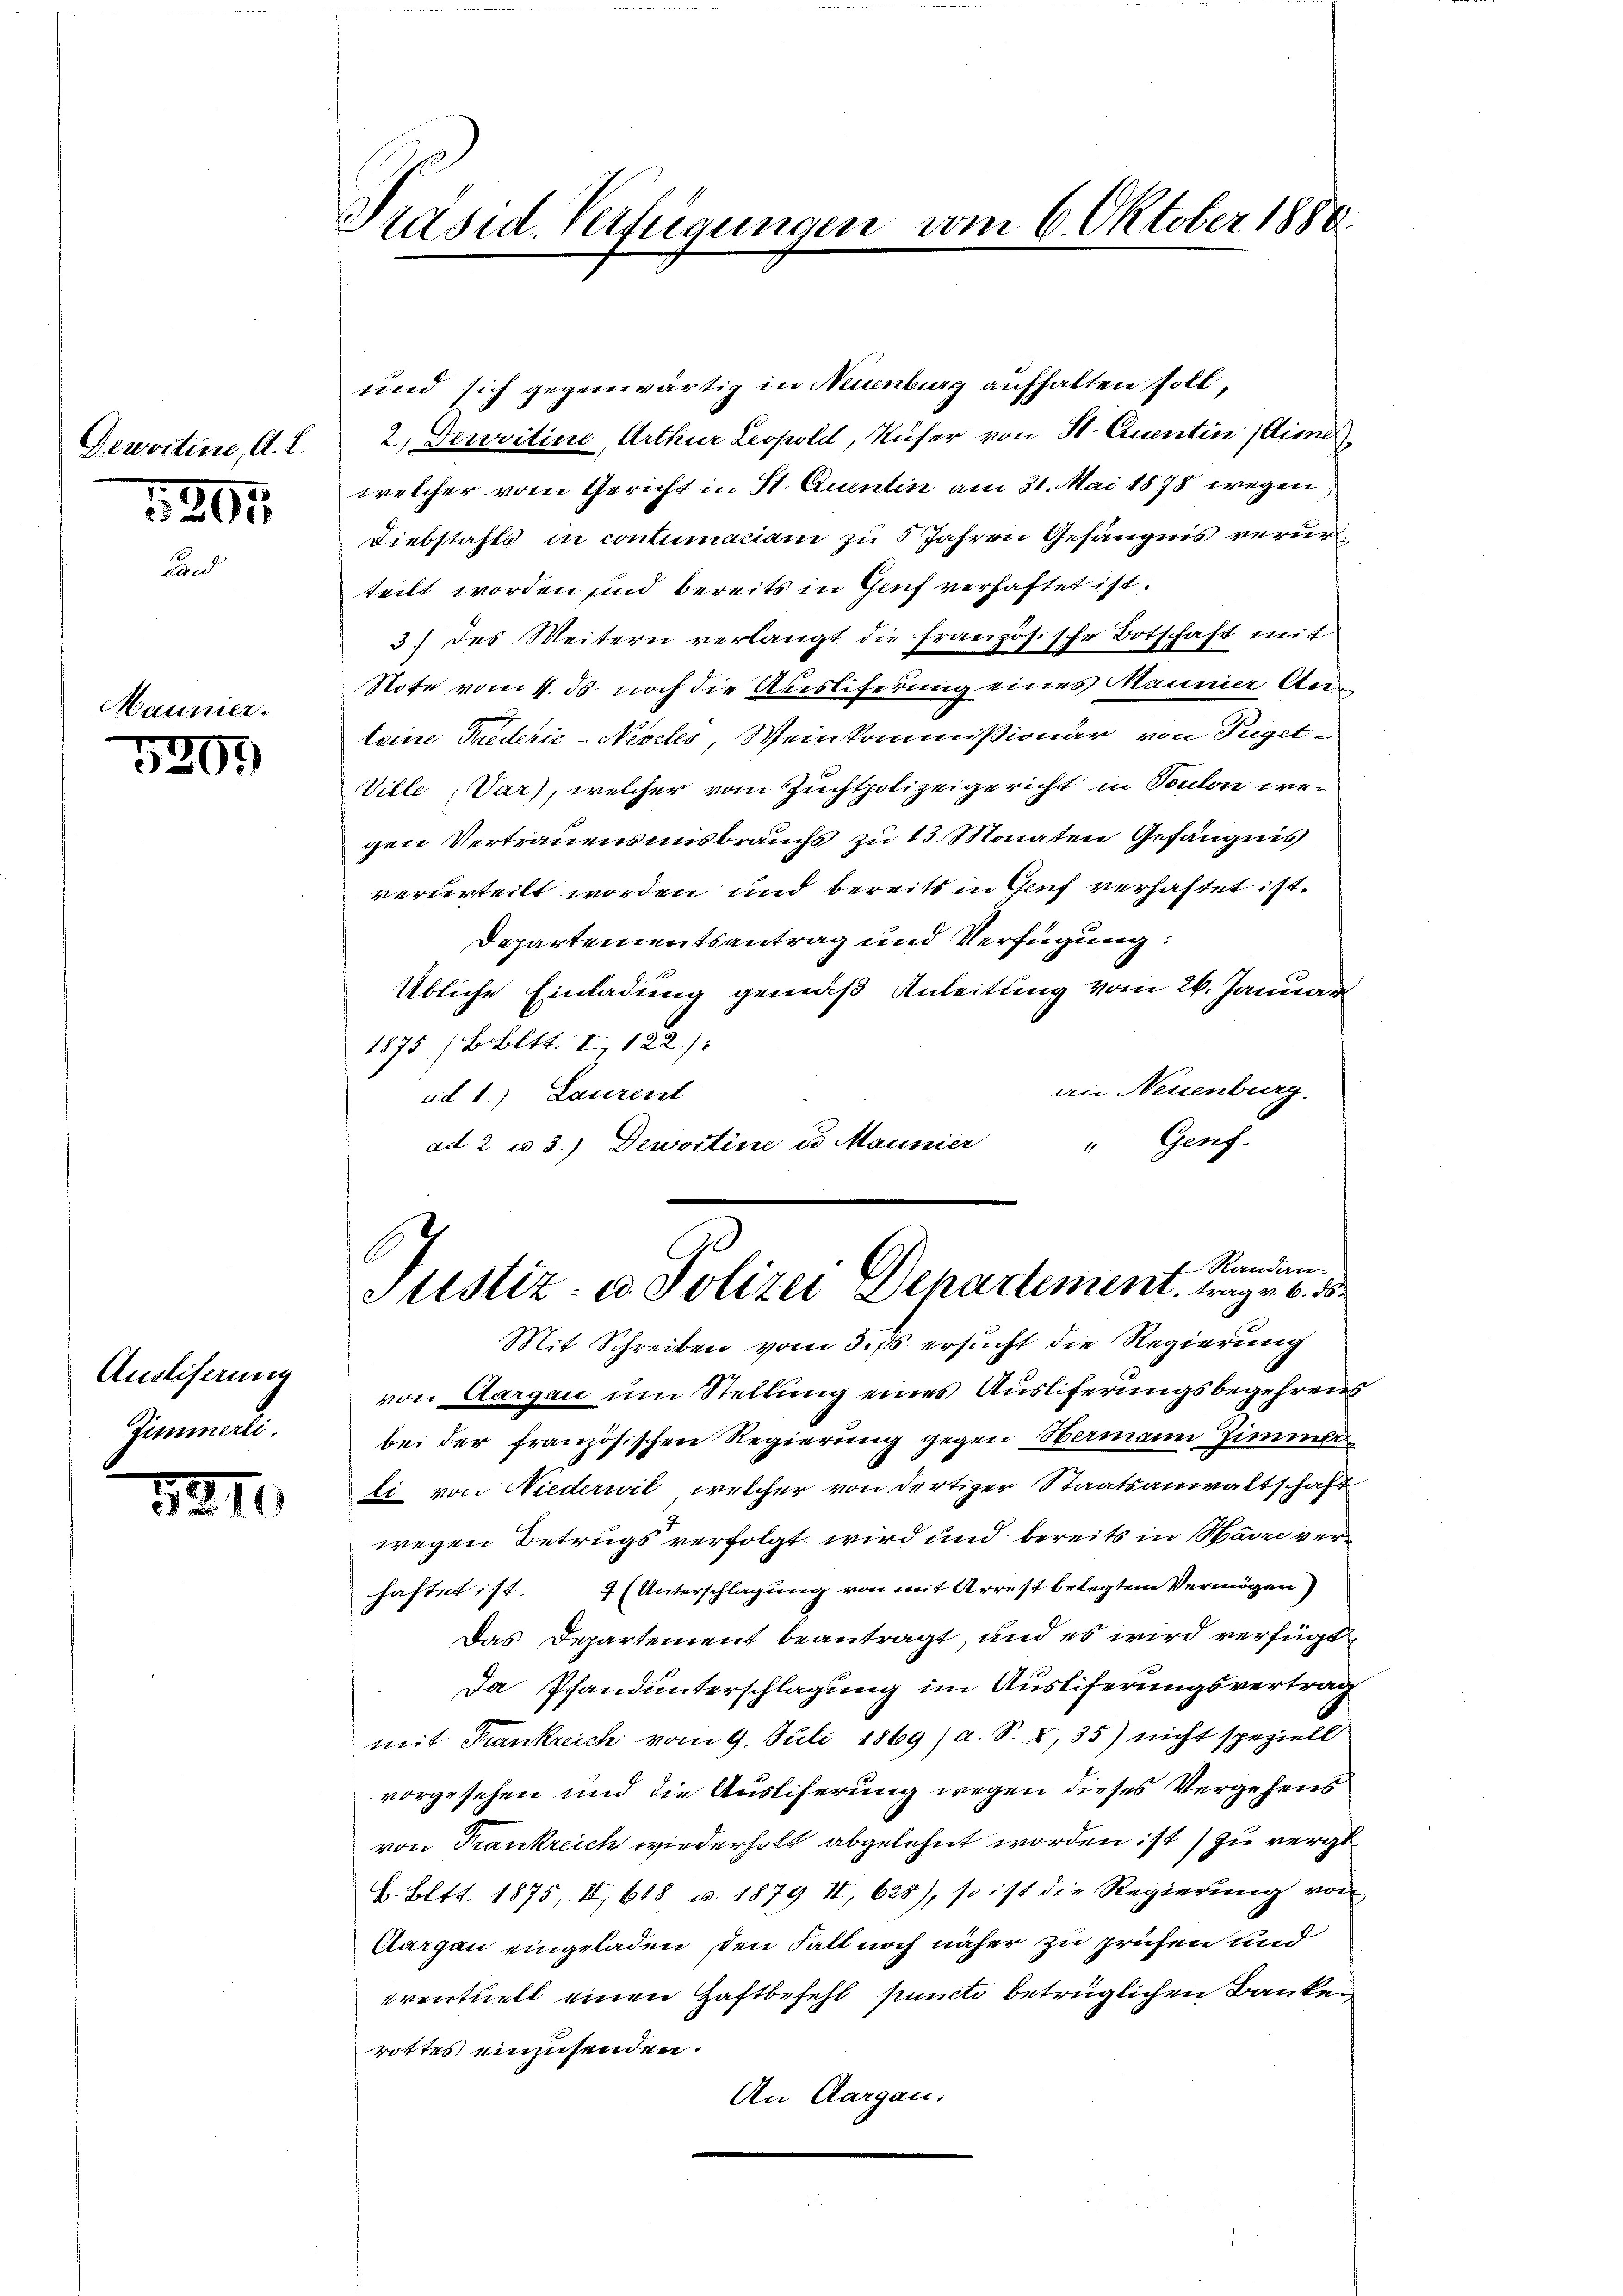
Denvitine, A. L.

5205

Vaunier.
5209

Auslifernen
Zimmerli

1211.

Präsid-Verfügungen vom 6. Oktober 1880.

und sich gegenwärtig in Neuenburg aufhalten soll,
2.) Dewvitine, Arthur Leopold, Küfer von St. Quentin dies
welcher vom Gericht in St. Quentin am 31. Mai 1878 wegen
Diebstahls in contumaciam zu 5 Jahren Gefängnis verurteilt worden und bereits in Genf verhaftet ist.
3) des Weitern verlangt die französische Botschaft mit
Stote vom 1. ds. noch die Auslieferung eines Mannier Anteine Friederić -Nesches Weinkommißionar von Tuget¬
Ville (Var), welcher vom Zuchtpolizeigericht in Toulon wer
gen Vertrauens uns brauchs zu 13 Monaten Gefängnis
verurteilt worden und bereits in Genf verhaftet ist.
Departementsantrag und Verfügung:
Übliche Einladung gemäß Anleitung vom 26. Januar
1875 /B. Bett. I, 122./
an Neuenburg.
ad 1.) Laurent
" Genf.
ad 2 u 3.) Dewvitine es Mannier
f Randan-
Justiz- u. Polizei Departement, tragen 6. d.
Mit Schreiben vom 5. ds. ersucht die Regierung
von Aargau um Stellung eines Ausliferungsbegehrens
bei der französischen Regierung gegen Hermann Zimmer
li von Niederwil, welcher von dortiger Staatsanwaltschaft
wegen Betrugs verfolgt wird und bereits in Harre verhaftet ist. 7 (Unterschlagung von mit Arrest belegtem Vermögen
Das Departement beantragt, und es wird verfügt
Da Pfandunterschlagung im Ausliferungsvertrag
mit Frankreich vom 9. Juli 1869/a. S. I, 35) nicht speziell
vorgesehen und die Auslieferung wegen dieses Vergehens
von Krankreich wiederholt abgelehnt worden ist zu vergl.
L. Bett. 1875, II, 688 u. 1879 II, 628), so ist die Regierung von
Aargau eingeladen, den Fall noch näher zu prüfen und
eventuell einen Haftbefehl puncti betrüglichen Banken
rottes einzusenden.
An Aargau.